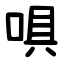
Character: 㖵